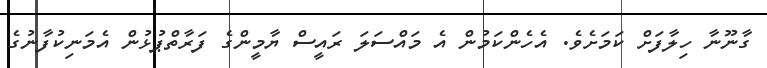
ގާނޫނާ ހިލާފަށް ކަމަށެވެ. އެހެންކަމުން އެ މައްސަލަ ރައީސް ޔާމީންގެ ފަރާތްޕުޅުން އެމަނިކުފާނުގެ